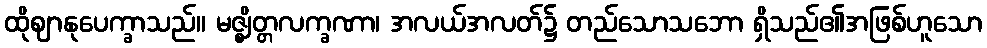
ထိုဈာနုပေက္ခာသည်။ မဇ္ဈိတ္တလက္ခဏာ၊ အလယ်အလတ်၌ တည်သောသဘော ရှိသည်၏အဖြစ်ဟူသော